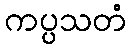
ကပ္ပသတံ